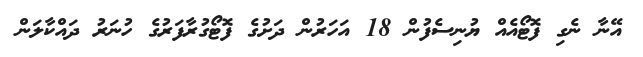
އޭނާ ނެގި ފޮޓޯއެއް ޔުނިސެފުން 18 އަހަރުން ދަށުގެ ފޮޓޯގުރާފަރުގެ ހުނަރު ދައްކާލަން